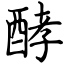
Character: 酵